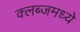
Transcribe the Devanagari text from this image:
क्लब्जमध्ये